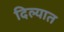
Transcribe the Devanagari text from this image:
दिल्यात